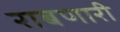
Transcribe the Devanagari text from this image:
राबणारी